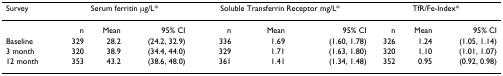
| Survey | <COLSPAN=3> Serum ferritin μg/L* | <COLSPAN=3> Soluble Transferrin Receptor mg/L* | <COLSPAN=3> TfR/Fe-Index* |
 | --- | --- | --- | --- | --- | --- | --- | --- | --- | --- |
 |  | n | Mean | 95% CI | n | Mean | 95% CI | n | Mean | 95% CI |
 | Baseline | 329 | 28.2 | (24.2, 32.9) | 336 | 1.69 | (1.60, 1.78) | 326 | 1.24 | (1.05, 1.14) |
 | 3 month | 320 | 38.9 | (34.4, 44.0) | 329 | 1.71 | (1.63, 1.80) | 320 | 1.10 | (1.01, 1.07) |
 | 12 month | 353 | 43.2 | (38.6, 48.0) | 361 | 1.41 | (1.34, 1.48) | 352 | 0.95 | (0.92, 0.98) |